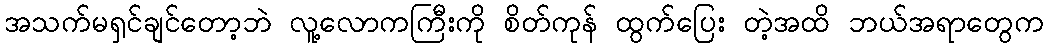
အသက်မရှင်ချင်တော့ဘဲ လူ့လောကကြီးကို စိတ်ကုန် ထွက်ပြေး တဲ့အထိ ဘယ်အရာတွေက